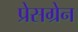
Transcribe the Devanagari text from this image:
प्रेसग्रेन